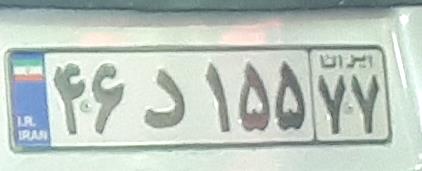
۴۶د۱۵۵۷۷